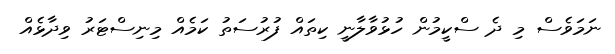
ނަމަވެސް މި ދެ ސްކީމުން ހުޅުވާލާނީ ކިތައް ފުރުސަތު ކަމެއް މިނިސްޓަރު ވިދާޅެއް